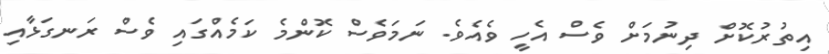
އިތުރުކޮށް ދިނުމަށް ވެސް އެހީ ވެއެވެ. ނަމަވެސް ކޮންމެ ކަމެއްގައި ވެސް ރަނގަޅާއި